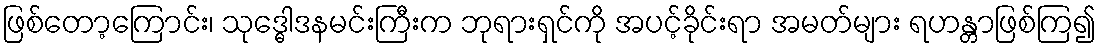
ဖြစ်တော့ကြောင်း၊ သုဒ္ဓေါဒနမင်းကြီးက ဘုရားရှင်ကို အပင့်ခိုင်းရာ အမတ်များ ရဟန္တာဖြစ်ကြ၍